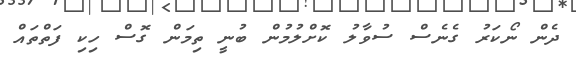
ދެން ނޯކަރު ގެނެސް ސުވާލު ކޮށްލުމުން ބުނީ ތިމަން ގޮސް ހިކި ފަތްތައް